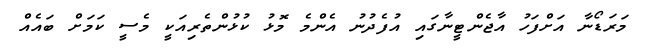
މަރަޑޯނާ އަށްފަހު އާޖެންޓީނާގައި އުފެދުނު އެންމެ މޮޅު ކުޅުންތެރިއަކީ މެސީ ކަމަށް ބައެއް